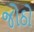
જોઠો